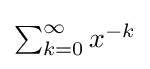
{\textstyle \sum _{k=0}^{\infty }x^{-k}}